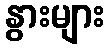
နွားများ